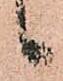
候